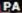
PA